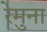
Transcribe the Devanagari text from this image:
रेमुना